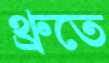
থ্রুতে